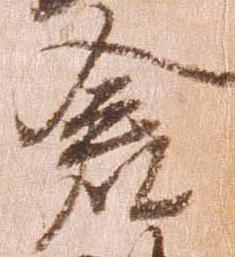
倉